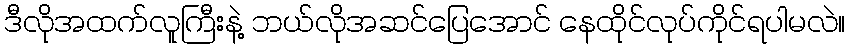
ဒီလိုအထက်လူကြီးနဲ့ ဘယ်လိုအဆင်ပြေအောင် နေထိုင်လုပ်ကိုင်ရပါမလဲ။